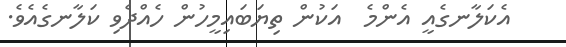
އެކަލާނގެއީ އެންމެ  އަކުން ތިޔަބައިމީހުން ހެއްދެވި ކަލާނގެއެވެ.